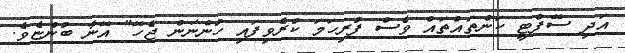
އަދި ސޭފްޓީ ކަންތައްތައް ވެސް ފުރިހަމަ ކުރެވިފައި ހުންނަން ޖެހޭ" އޭނާ ބުންޏެވެ.